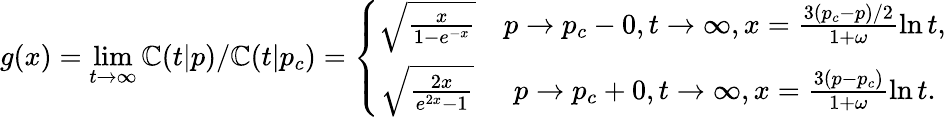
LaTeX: g(x)=\operatorname*{lim}_{t\to\infty}\mathbb{C}(t|p)/\mathbb{C}(t|p_{c})=\left\{ \begin{array}{cc}{\sqrt{\frac{x}{1-e^{-x}}}}&{p\to p_{c}-0,t\to\infty,x=\frac{3(p_{c}-p)/2}{1+\omega}\ln t,}\\ {\sqrt{\frac{2x}{e^{2x}-1}}}&{p\to p_{c}+0,t\to\infty,x=\frac{3(p-p_{c})}{1+\omega}\ln t.}\end{array}\right.